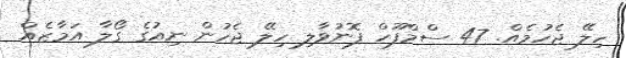
ހިލޭ ޖެހުމެއް. 47 ސްމްފޫހް ފޮނުވާލި ހިލޭ ޖެހުން ނިއުގެ ގޯލާ އަމާޒެއް